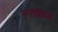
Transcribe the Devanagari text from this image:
एनीलिन